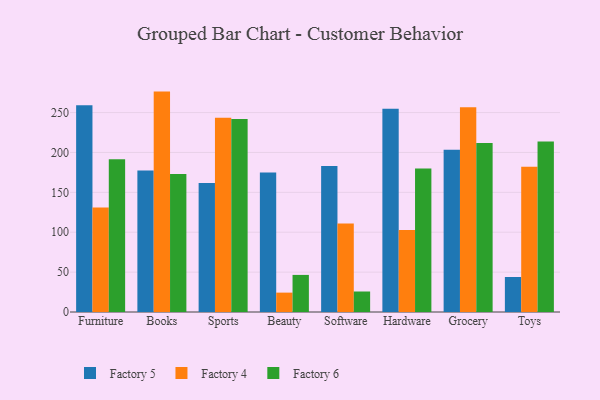
{"axis": {"x": "Category", "y": "Waste Production (Tons)"}, "legend": ["Factory 4", "Factory 5", "Factory 6"], "data": [{"x": "Furniture", "y": 259.2, "type": "Factory 5"}, {"x": "Furniture", "y": 131.1, "type": "Factory 4"}, {"x": "Furniture", "y": 191.4, "type": "Factory 6"}, {"x": "Books", "y": 177.3, "type": "Factory 5"}, {"x": "Books", "y": 276.3, "type": "Factory 4"}, {"x": "Books", "y": 173.0, "type": "Factory 6"}, {"x": "Sports", "y": 161.7, "type": "Factory 5"}, {"x": "Sports", "y": 243.5, "type": "Factory 4"}, {"x": "Sports", "y": 241.8, "type": "Factory 6"}, {"x": "Beauty", "y": 174.8, "type": "Factory 5"}, {"x": "Beauty", "y": 24.3, "type": "Factory 4"}, {"x": "Beauty", "y": 46.5, "type": "Factory 6"}, {"x": "Software", "y": 183.1, "type": "Factory 5"}, {"x": "Software", "y": 111.0, "type": "Factory 4"}, {"x": "Software", "y": 25.7, "type": "Factory 6"}, {"x": "Hardware", "y": 254.8, "type": "Factory 5"}, {"x": "Hardware", "y": 102.8, "type": "Factory 4"}, {"x": "Hardware", "y": 179.9, "type": "Factory 6"}, {"x": "Grocery", "y": 203.4, "type": "Factory 5"}, {"x": "Grocery", "y": 256.7, "type": "Factory 4"}, {"x": "Grocery", "y": 212.0, "type": "Factory 6"}, {"x": "Toys", "y": 43.9, "type": "Factory 5"}, {"x": "Toys", "y": 182.1, "type": "Factory 4"}, {"x": "Toys", "y": 213.7, "type": "Factory 6"}]}